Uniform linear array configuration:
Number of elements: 12
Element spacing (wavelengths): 0.25
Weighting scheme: exponential
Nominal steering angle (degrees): -15
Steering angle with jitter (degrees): -13.933
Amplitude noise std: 0.05
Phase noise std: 0.05

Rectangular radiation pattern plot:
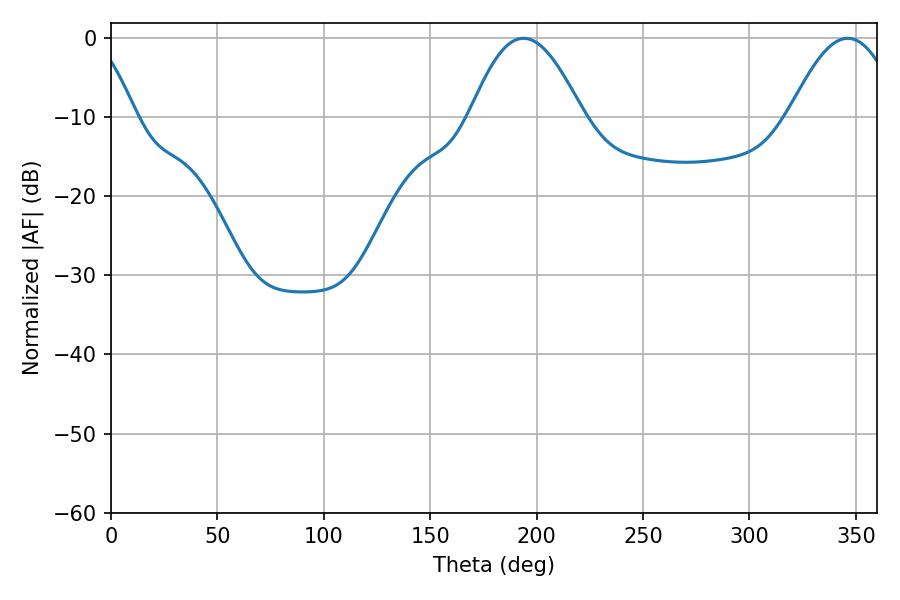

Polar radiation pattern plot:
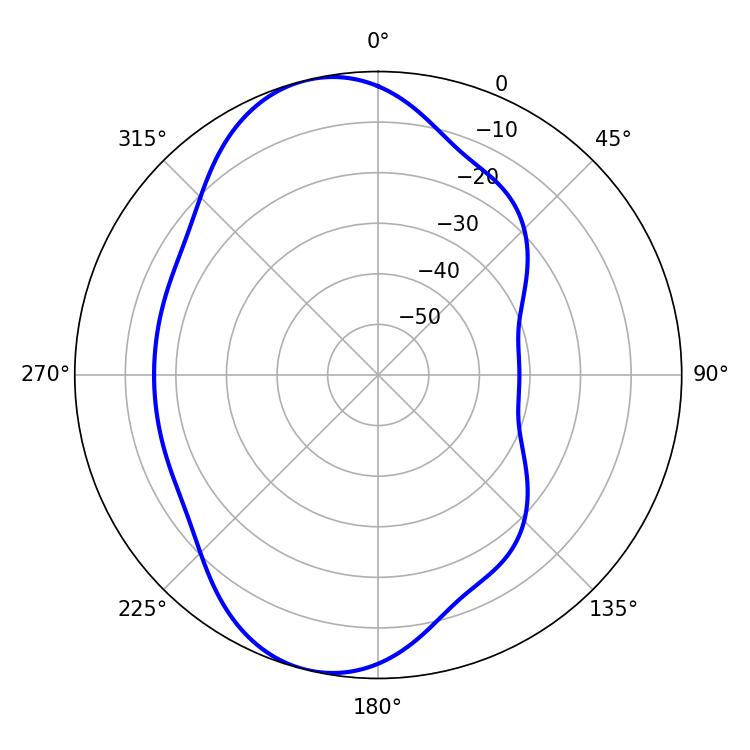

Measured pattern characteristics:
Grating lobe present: FALSE
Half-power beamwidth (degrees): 28.8
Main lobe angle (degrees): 193.86